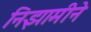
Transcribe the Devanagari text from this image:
निझामीने